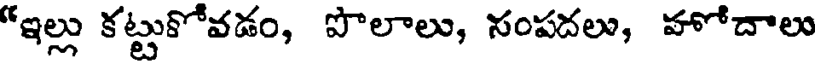
"ఇల్లు కట్టుకోవడం, పొలాలు, సంపదలు, హోదాలు